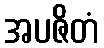
အပဇိတံ